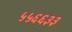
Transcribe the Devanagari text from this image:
५५६६३३